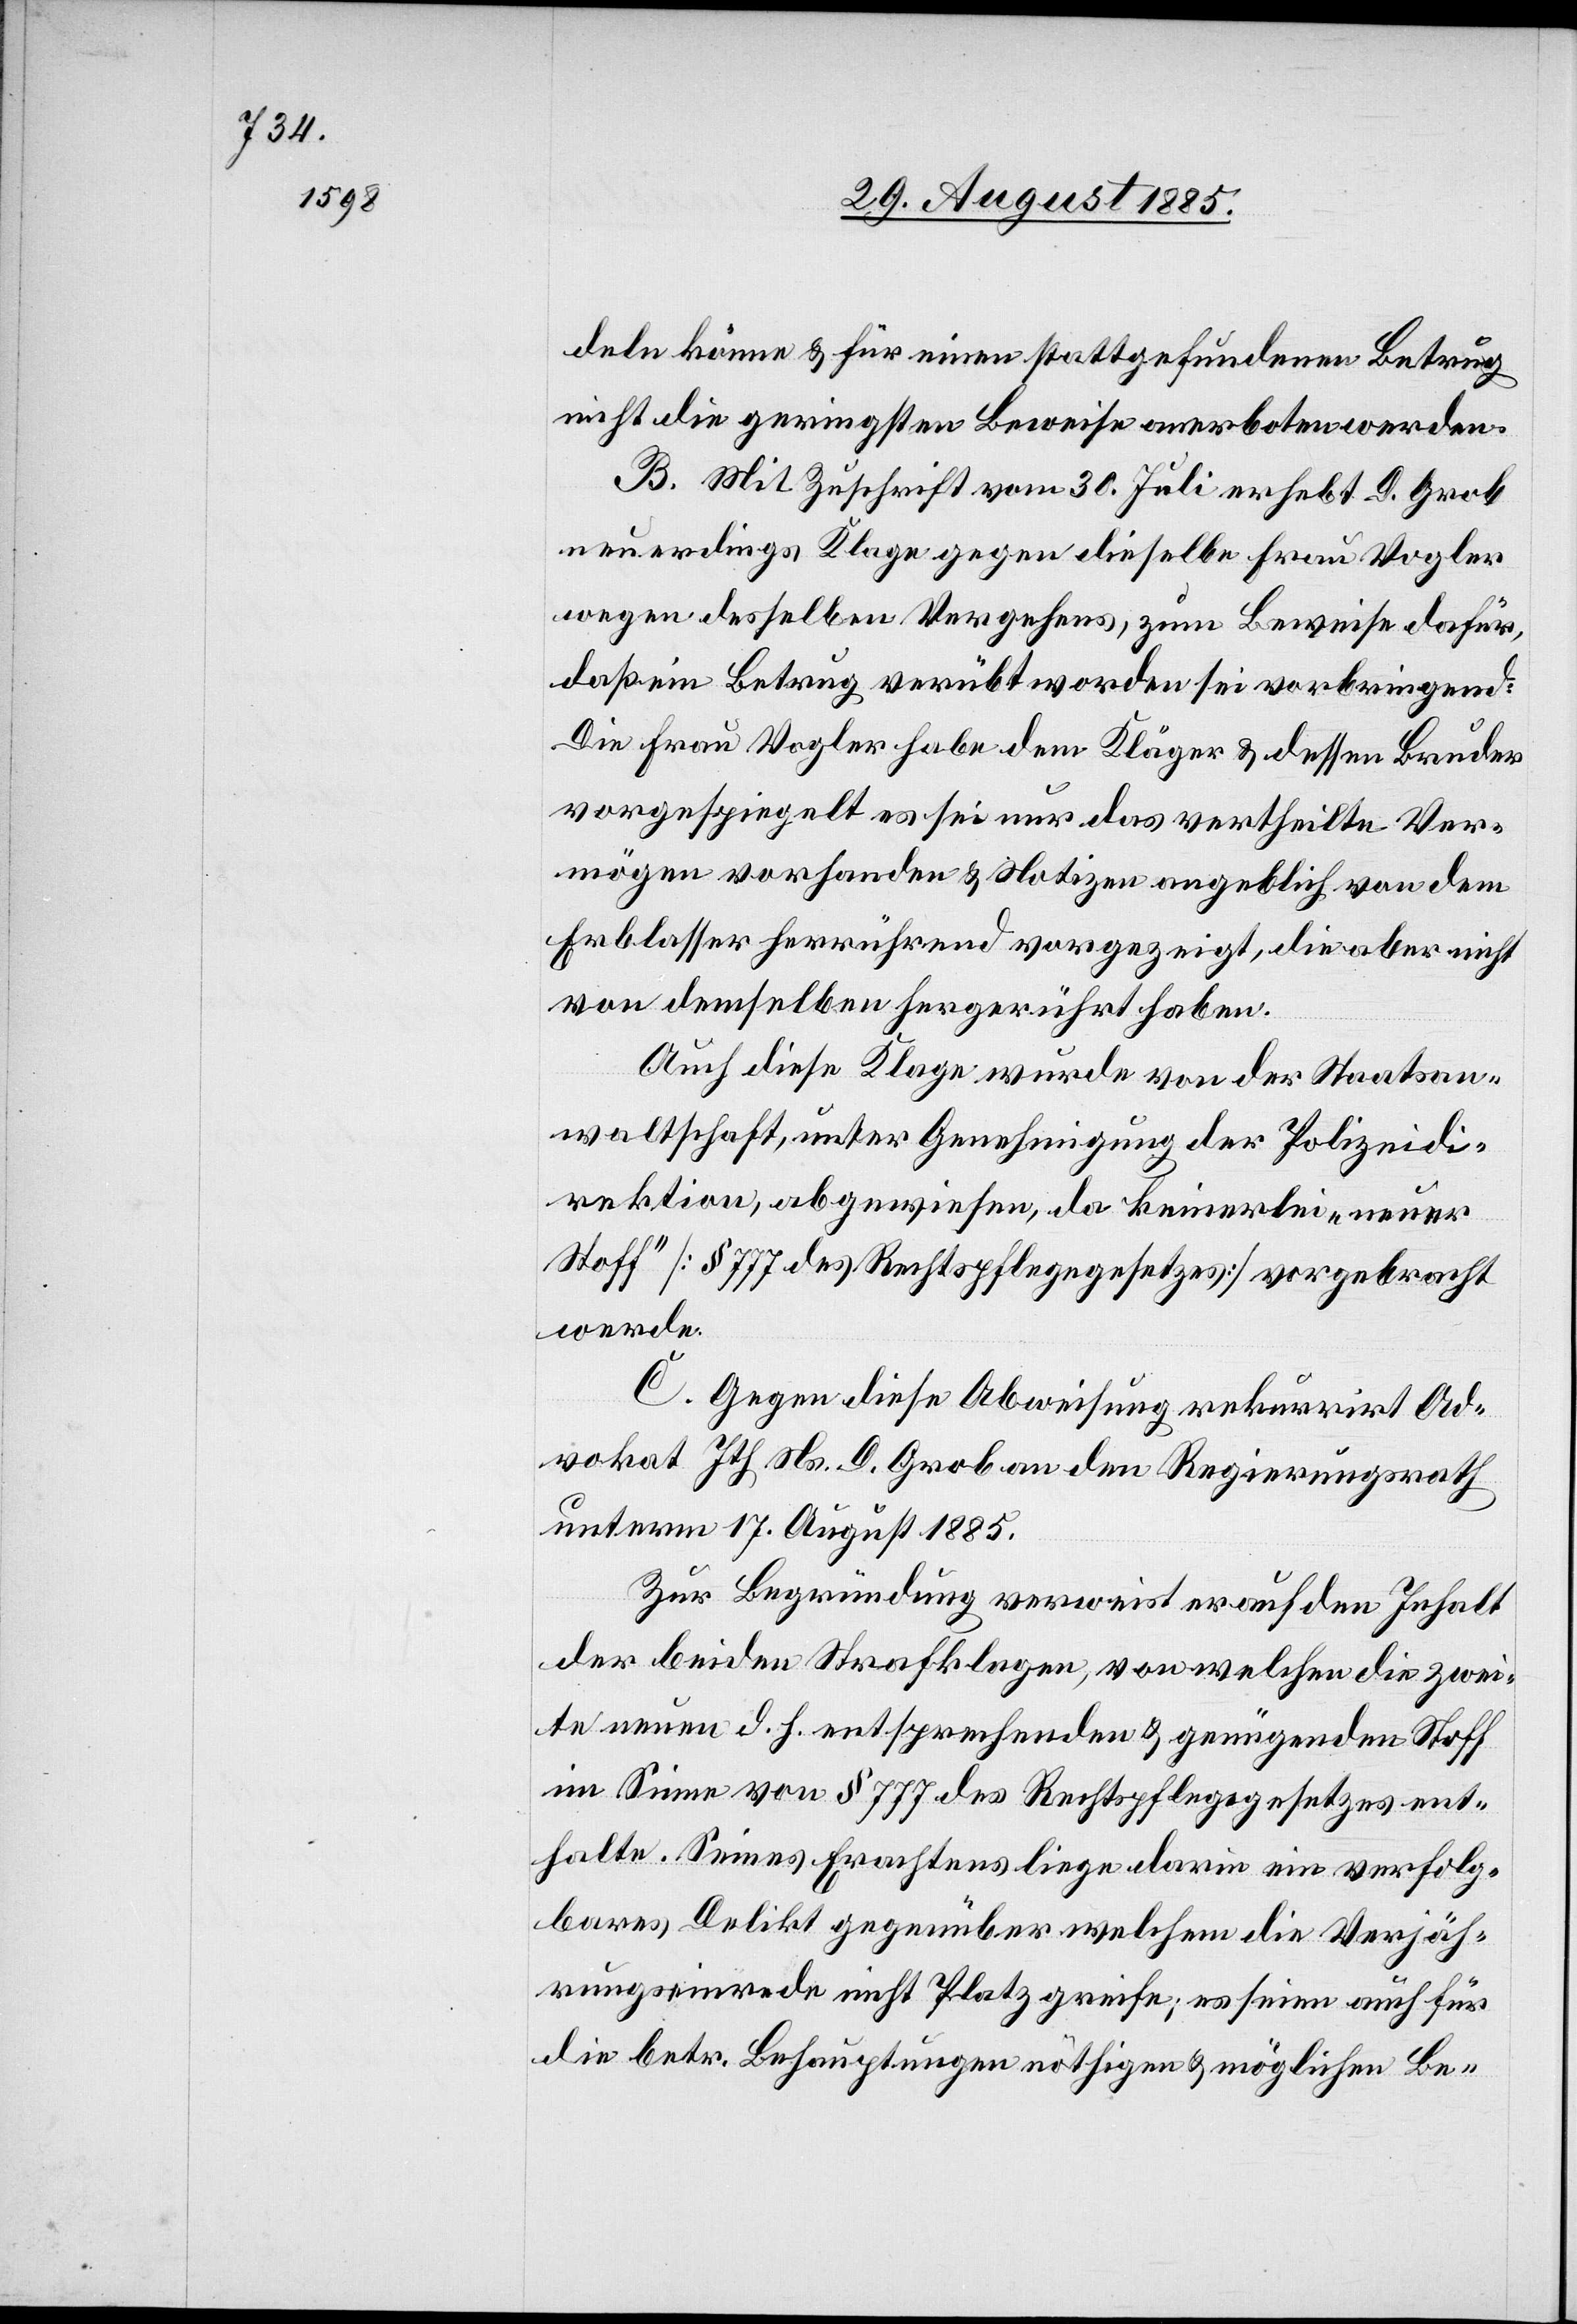
deln könne & für einen stattgefundenen Betrug
nicht die geringsten Beweise anerboten werden.
B. Mit Zuschrift vom 30. Juli erhebt D. Grob
neuerdings Klage gegen dieselbe Frau Vogler
wegen desselben Vergehens, zum Beweise dafür,
daß ein Betrug verübt worden sei vorbringend:
Die Frau Vogler habe dem Kläger & dessen Bruder
vorgespiegelt es sei nur das vertheilte Ver¬
mögen vorhanden & Notizen angeblich von dem
Erblasser herrührend vorgezeigt, die aber nicht
von demselben hergerührt haben.
Auch diese Klage wurde von der Staatsan¬
waltschaft, unter Genehmigung der Polizeidi¬
rektion, abgewiesen, da keinerlei „neuer
Stoff“ [§ 777 des Rechtspflegegesetzes] vorgebracht
werde.
C. Gegen diese Abweisung rekurrirt Ad¬
vokat Ith Ns. D. Grob an den Regierungsrath
unterm 17. August 1885.
Zur Begründung verweist er auf den Inhalt
der beiden Strafklagen, von welchen die zwei¬
te neuen d. h. entsprechenden & genügenden Stoff
im Sinne von § 777 des Rechtspflegegesetzes ent¬
halte. Seines Erachtens liege darin ein verfolg¬
bares Delikt gegenüber welchem die Verjäh¬
rungseinrede nicht Platz greife; es seien auch für
die betr. Behauptungen nöthigen & möglichen Be-